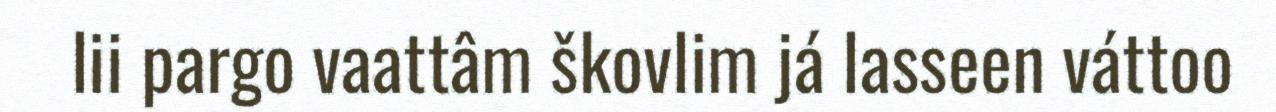
lii pargo vaattâm škovlim já lasseen váttoo